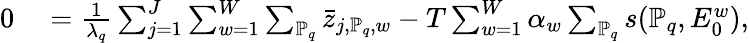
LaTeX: \begin{array}{rl}{0}&{{}=\frac{1}{\lambda_{q}}\sum_{j=1}^{J}\sum_{w=1}^{W}\sum_{\mathbb{P}_{q}}\bar{z}_{j,\mathbb{P}_{q},w}-T\sum_{w=1}^{W}\alpha_{w}\sum_{\mathbb{P}_{q}}s(\mathbb{P}_{q},E_{0}^{w}),}\end{array}